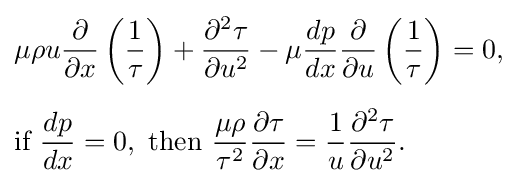
{\begin{aligned}&\mu \rho u{\frac {\partial }{\partial x}}\left({\frac {1}{\tau }}\right)+{\frac {\partial ^{2}\tau }{\partial u^{2}}}-\mu {\frac {dp}{dx}}{\frac {\partial }{\partial u}}\left({\frac {1}{\tau }}\right)=0,\\[5pt]&{\text{if }}{\frac {dp}{dx}}=0,{\text{ then }}{\frac {\mu \rho }{\tau ^{2}}}{\frac {\partial \tau }{\partial x}}={\frac {1}{u}}{\frac {\partial ^{2}\tau }{\partial u^{2}}}.\end{aligned}}